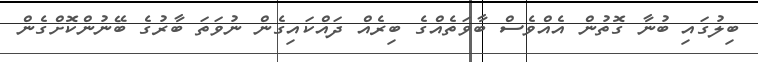
ބިލުގައި ބުނާ ގޮތުން އެއްވެސް ބާވަތެއްގެ ބިރެއް ދައްކައިގެން ނުވަތަ ބާރުގެ ބޭނުންކޮށްގެން